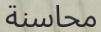
محاسنة